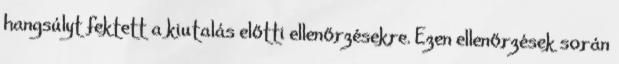
hangsúlyt fektett a kiutalás előtti ellenőrzésekre. Ezen ellenőrzések során